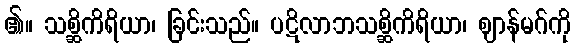
၏။ သစ္ဆိကိရိယာ၊ ခြင်းသည်။ ပဋိလာဘသစ္ဆိကိရိယာ၊ ဈာန်မဂ်ကို